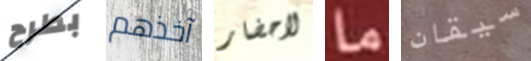
بطرح آخذهم لاحضار ما سيقان